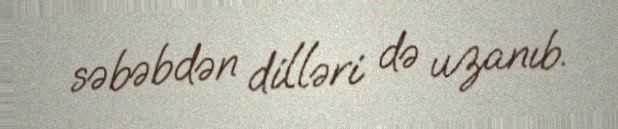
səbəbdən dilləri də uzanıb.